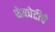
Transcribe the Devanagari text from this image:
शेकोटीचे